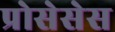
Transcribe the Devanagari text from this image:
प्रोसेसेस